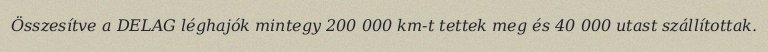
Összesítve a DELAG léghajók mintegy 200 000 km-t tettek meg és 40 000 utast szállítottak.